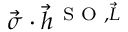
\vec { \boldsymbol { \sigma } } \cdot \vec { h } ^ { \, \textrm { S O } , \vec { L } }